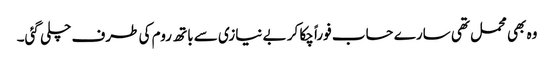
وہ بھی محمل تھی سارے حساب فوراً چکا کر بے نیازی سے باتھ روم کی طرف چلی گئی۔